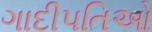
ગાદીપતિઓ